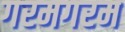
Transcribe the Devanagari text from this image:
गरमगरम